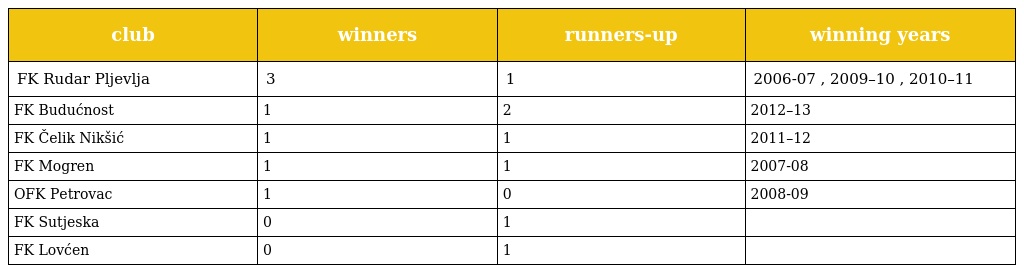
| club | winners | runners-up | winning years |
 | --- | --- | --- | --- |
 | FK Rudar Pljevlja | 3 | 1 | 2006-07 , 2009–10 , 2010–11 |
 | FK Budućnost | 1 | 2 | 2012–13 |
 | FK Čelik Nikšić | 1 | 1 | 2011–12 |
 | FK Mogren | 1 | 1 | 2007-08 |
 | OFK Petrovac | 1 | 0 | 2008-09 |
 | FK Sutjeska | 0 | 1 |  |
 | FK Lovćen | 0 | 1 |  |